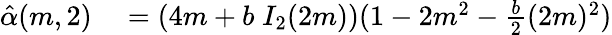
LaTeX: \begin{array}{rl}{\hat{\alpha}(m,2)}&{{}=(4m+b\; I_{2}(2m))(1-2m^{2}-\frac{b}{2}(2m)^{2})}\end{array}